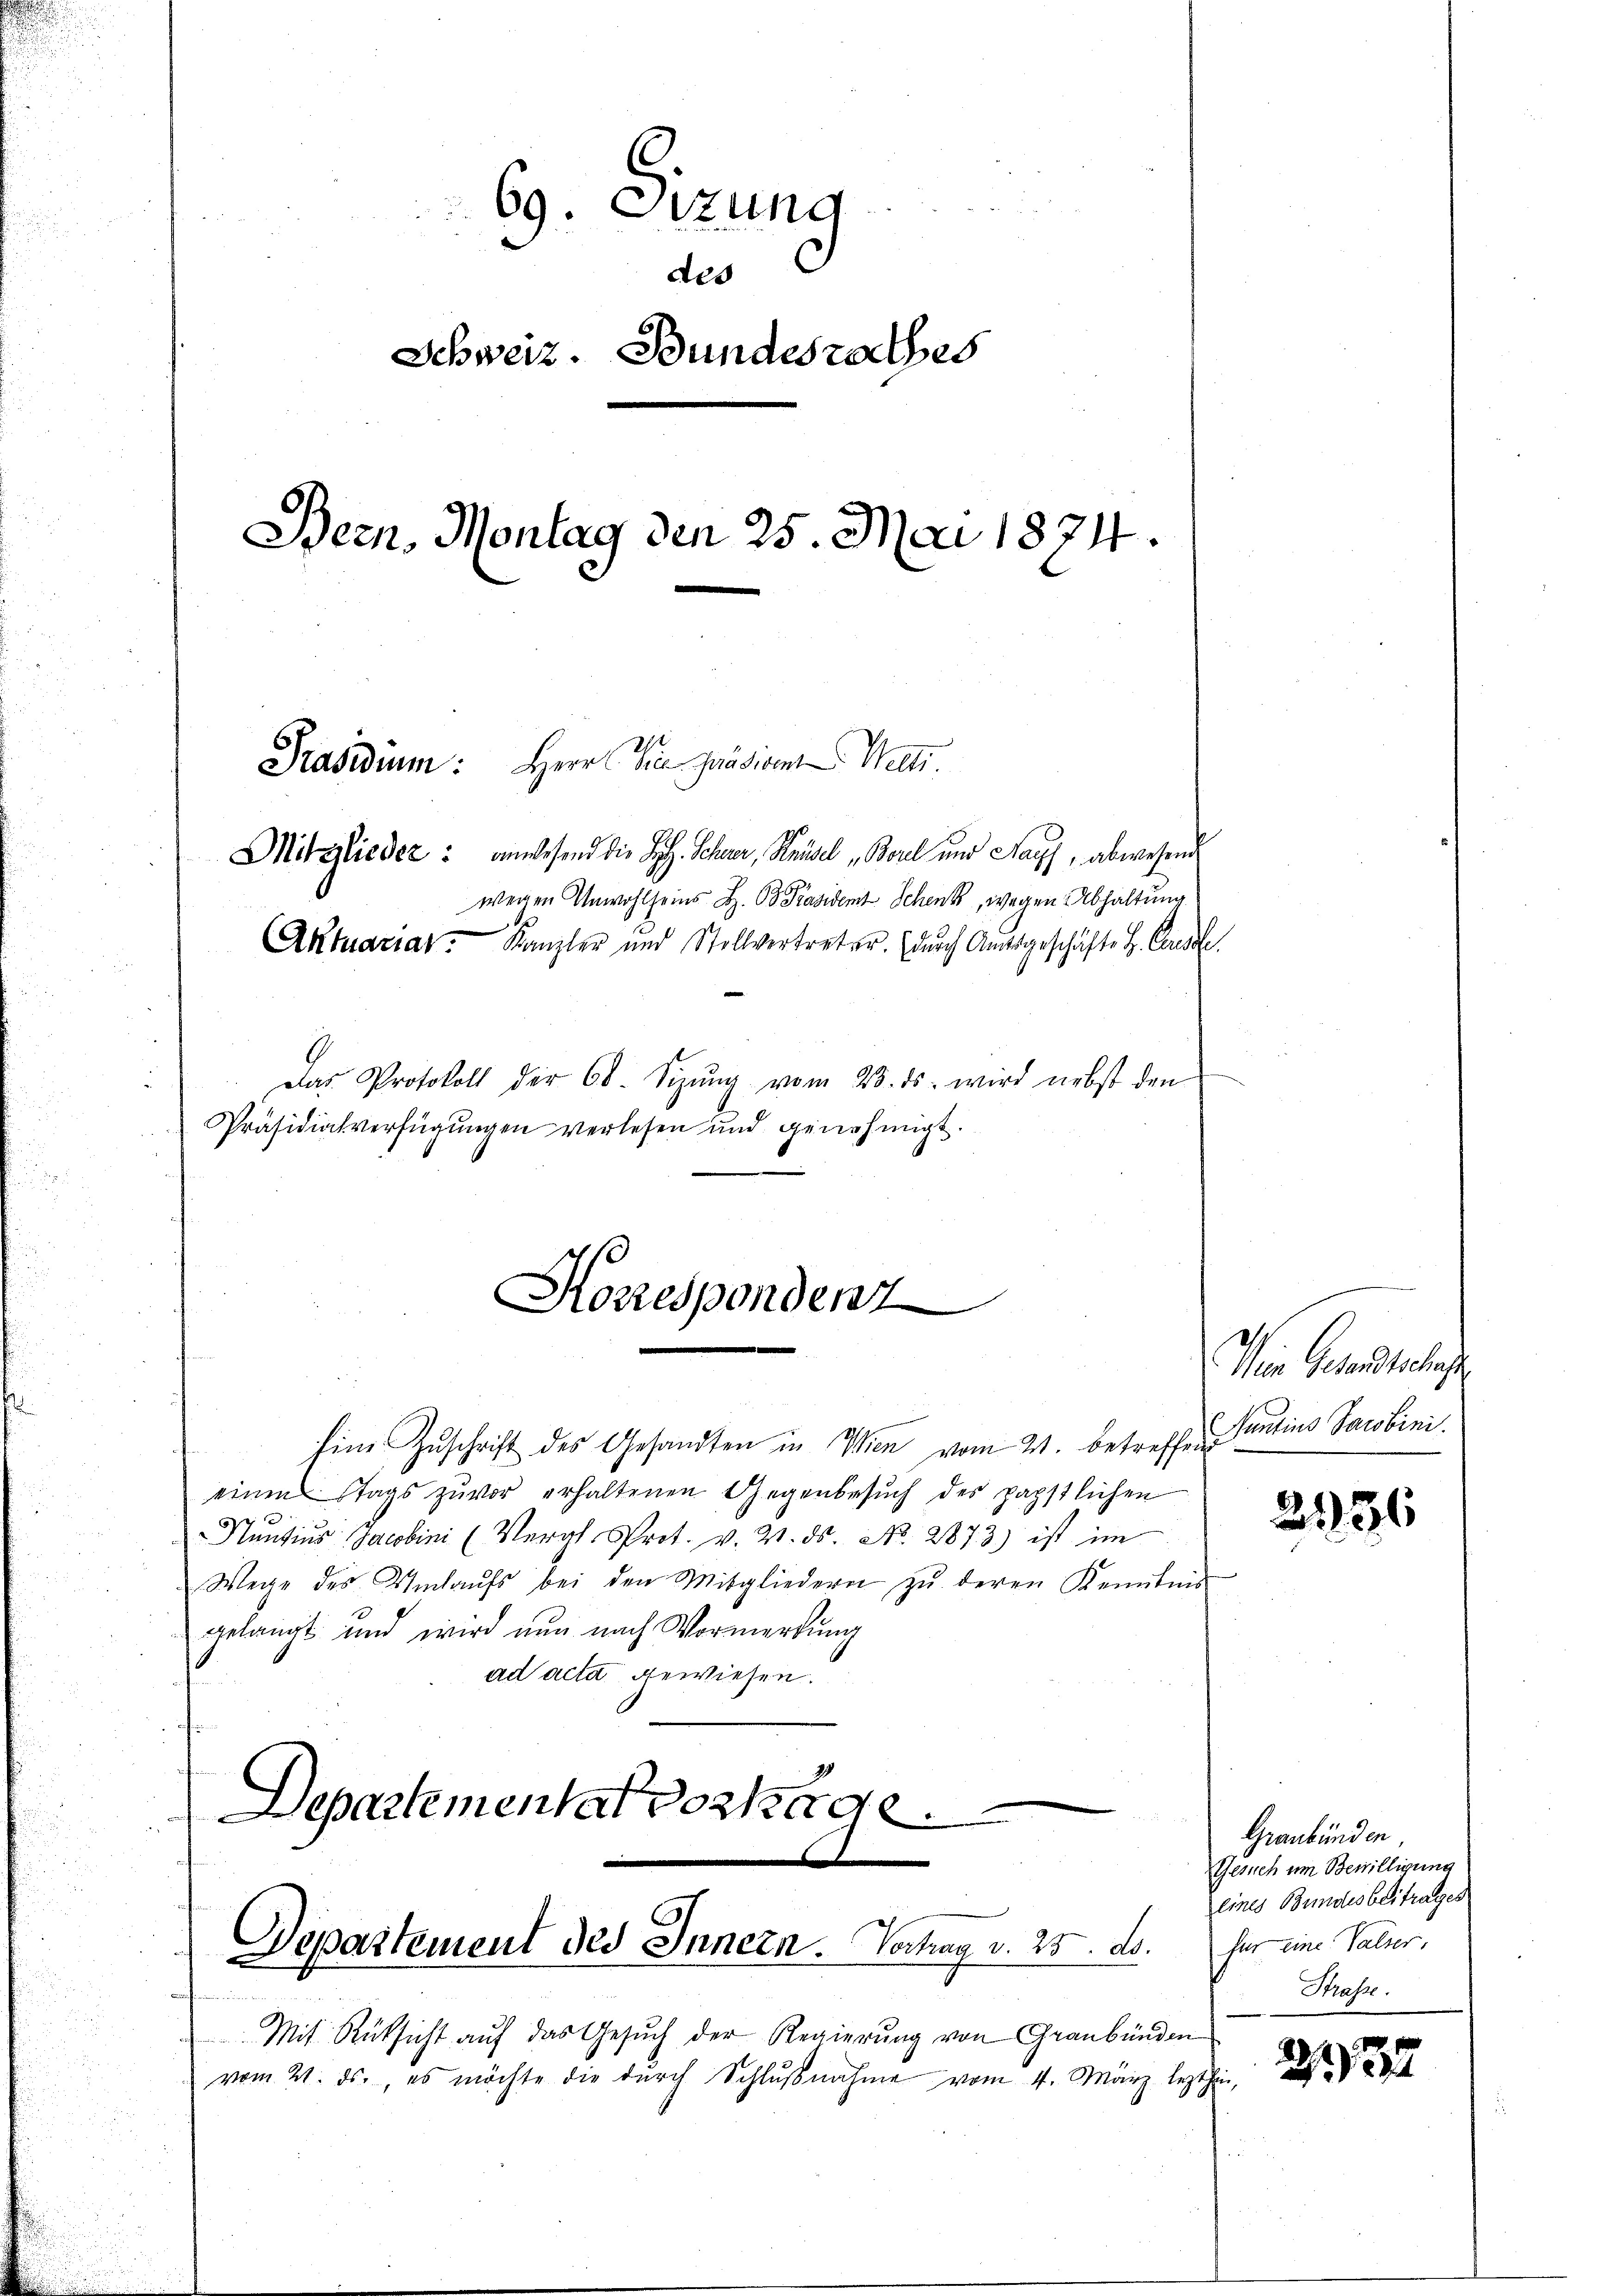
69. Etzung
des
Schweiz. Bundesrathes
Bern, Montag den 25. Mai 1874.
Präsidium: Herr Vice Präsident Welti.
Mitglieder: anwesend die H. Schwer, Hausel „Borel und Napf, abwesend
wegen Unwohlseins H. B. Präsident Schenk, wegen Abhaltung
mnen
Aktuariat. Kanzler und Stollvertreter. (dŭrch Amtsgeschäfte H. Consile

Das Protokoll der 60. Sizŭng vom 28. ds. wird nebst den
Präsidialverfügungen verlesen und genehmigt.

Korrespondenz

hine Zuschrift des Gesandten in Wien vom 21. betreffen Sentius Sacobini
einen Stags zuvor erhaltenen Gegenbesuch des päpstlichen
Nuntius Jacobini (Vergl. Prot. v. 2. ds. No. 2873) ist im
Wege des Umhaŭfs bei den Mitgliedern zŭ deren Kenntnis
gelangt und wird nun nach Vormerkung
ad acta gewiesen.
Departementar vorhage
e

Departement des Innern. Vortrag v. 25. ds. für eine Paler,

Wein Gesandtschaft

Mit Rücksicht aŭf das Gesŭch der Regierŭng von Graubünden
vom 21. ds., es möchte die durch Schlußnahme vom 4. März lezthin

2136

Graubünden.
Gesuch um Bewilligung
lines Bundesbeitrages
Strafe.

237